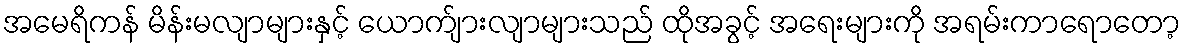
အမေရိကန် မိန်းမလျာများနှင့် ယောက်ျားလျာများသည် ထိုအခွင့် အရေးများကို အရမ်းကာရောတော့